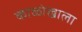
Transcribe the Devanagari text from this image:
काळोखाला